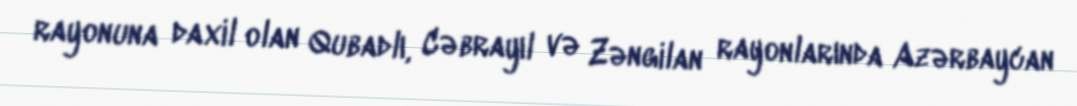
rayonuna daxil olan Qubadlı, Cəbrayıl və Zəngilan rayonlarında Azərbaycan